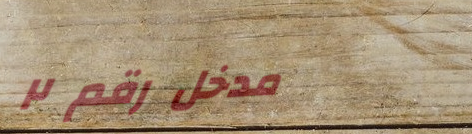
مدخل رقم ٢